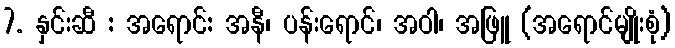
7. နှင်းဆီ : အရောင်: အနီ၊ ပန်းရောင်၊ အဝါ၊ အဖြူ (အရောင်မျိုးစုံ)